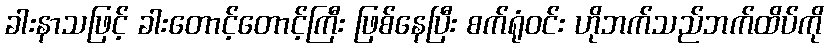
ခါးနာသဖြင့် ခါးတောင့်တောင့်ကြီး ဖြစ်နေပြီး စက်ရုံဝင်း ဟိုဘက်သည်ဘက်ထိပ်ကို